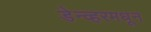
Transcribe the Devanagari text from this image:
डेन्व्हरमधून